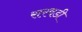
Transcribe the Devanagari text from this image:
सरवडी